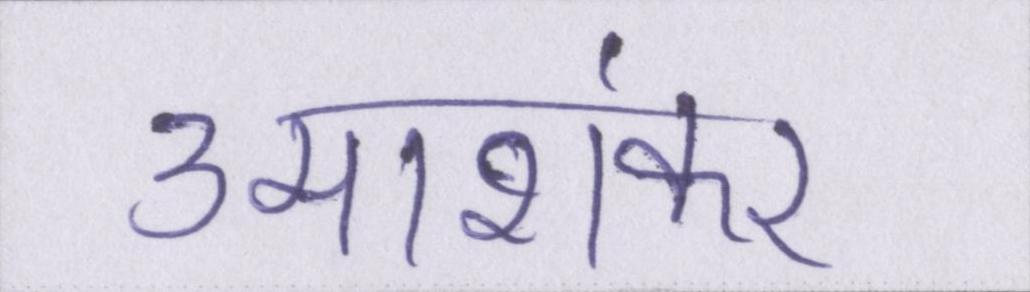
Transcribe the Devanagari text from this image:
उमाशंकर